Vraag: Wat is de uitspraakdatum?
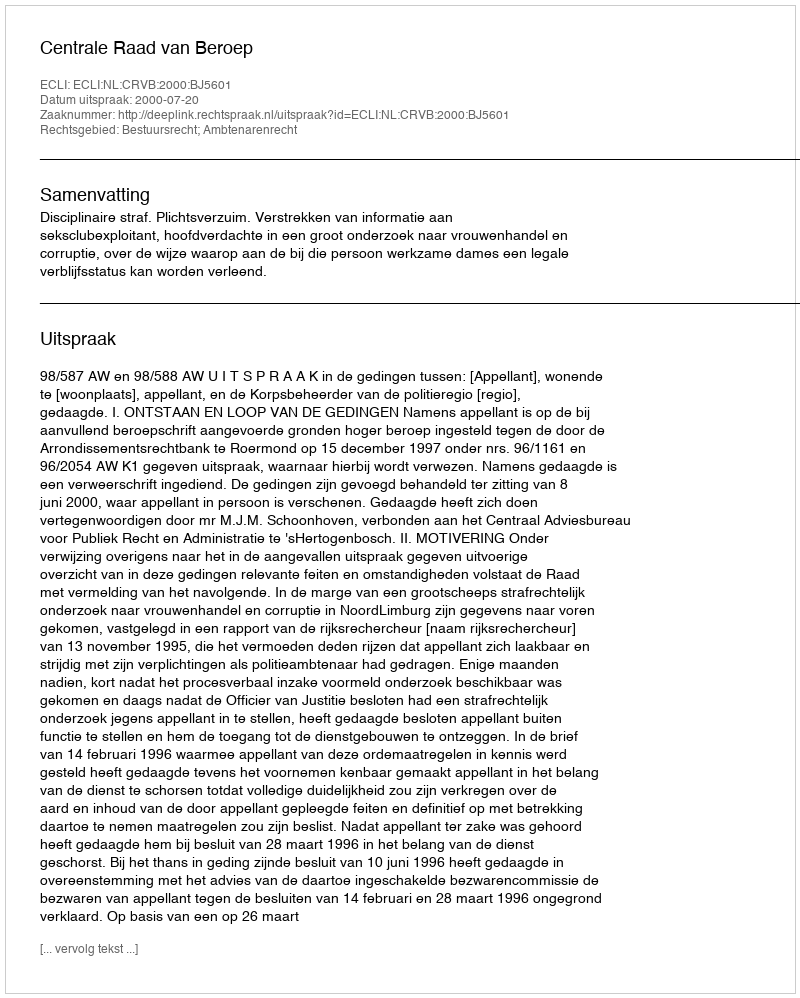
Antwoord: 2000-07-20